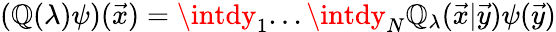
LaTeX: (\mathbb{Q}(\lambda)\psi)({\vec{{x}}})=\intdy_{1}...\intdy_{N}{\cal\mathbb{Q}}_{\lambda}({\vec{{x}}}|{\vec{{y}}})\psi({\vec{{y}}})